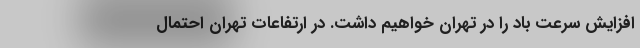
افزایش سرعت باد را در تهران خواهیم داشت. در ارتفاعات تهران احتمال